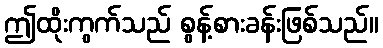
ဤထိုးကွက်သည် စွန့်စားခန်းဖြစ်သည်။